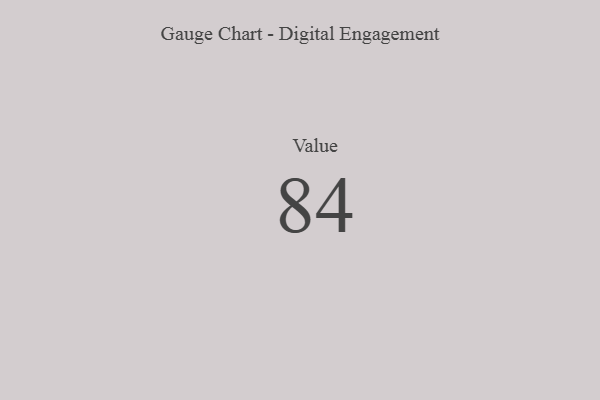
{"axis": {"x": "Metric", "y": "Value"}, "legend": [""], "data": [{"x": "Value", "y": 84, "type": ""}]}